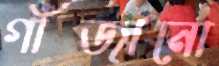
গাঁজানো